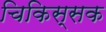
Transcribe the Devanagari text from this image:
चिकिस्सक